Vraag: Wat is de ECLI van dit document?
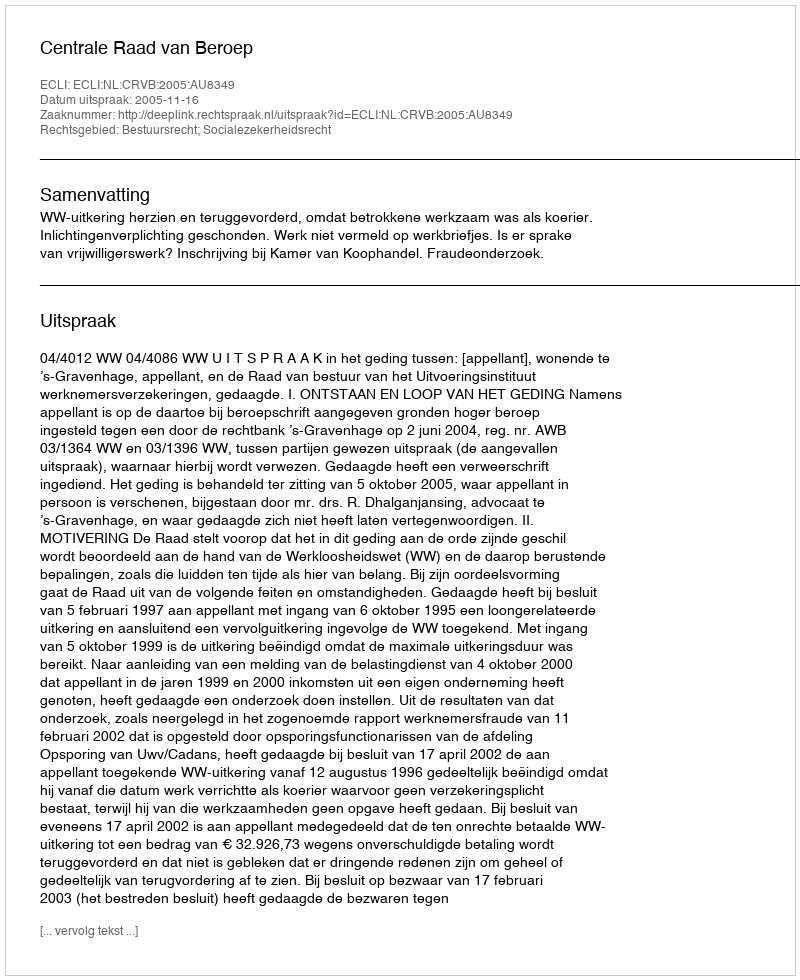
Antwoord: ECLI:NL:CRVB:2005:AU8349